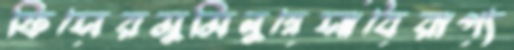
ফিসেরমুমিনুন্নেসাবৈরাগ্য